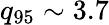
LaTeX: q_{95}\sim 3.7